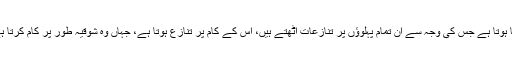
پھر اس کی زندگی میں ایسا بہت معمولی سا ہوتا ہے جس کی وجہ سے ان تمام پہلوؤں پر تنازعات اٹھتے ہیں، اس کے کام پر تنازع ہوتا ہے، جہاں وہ شوقیہ طور پر کام کرتا ہے اس کے حوالے سے بھی تنازع ہوتا ہے۔